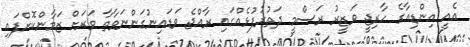
އެއީ އިންޑިއާގެ ހާރިޖީ ވަޒީރު ރަސްމީ ދަތުރުފުޅެއްގައި ރާއްޖެ ވަޑައިނުގަންނަވާތާ ވަރަށް ޒަމާންކޮށްފައި